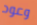
وعود